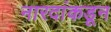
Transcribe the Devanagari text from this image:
नारदांकडून